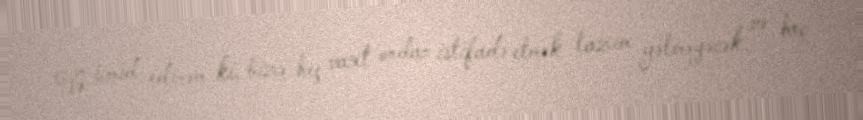
Və ümid edirəm ki, bizə heç vaxt ondan istifadə etmək lazım gəlməyəcək və heç